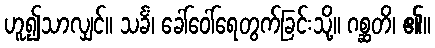
ဟူ၍သာလျှင်။ သင်္ခံ၊ ခေါ်ဝေါ်ရေတွက်ခြင်းသို့။ ဂစ္ဆတိ၊ ၏။